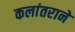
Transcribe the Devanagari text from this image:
कलांतराने